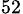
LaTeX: _{52}